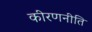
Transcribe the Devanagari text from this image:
कीरणनीति